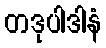
တဒုပါဒါနံ